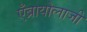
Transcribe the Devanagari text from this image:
एँब्रायोलाजी